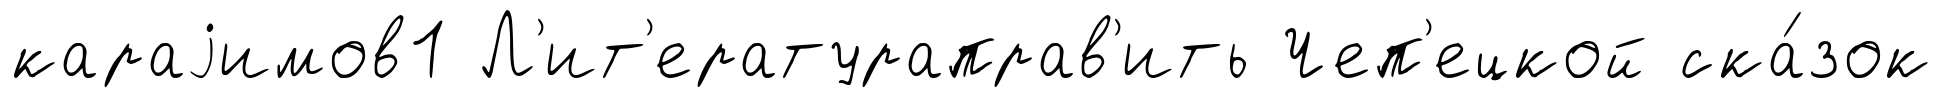
караjимов1 Л'ит'ератураправ'ить Чеп'ецкой ска́зок